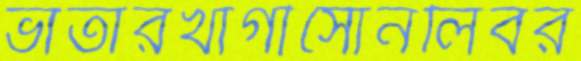
ভাতারখাগীসোনলিবর